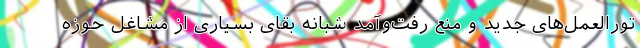
تورالعمل‌های جدید و منع رفت‌و‌آمد شبانه بقای بسیاری از مشاغل حوزه